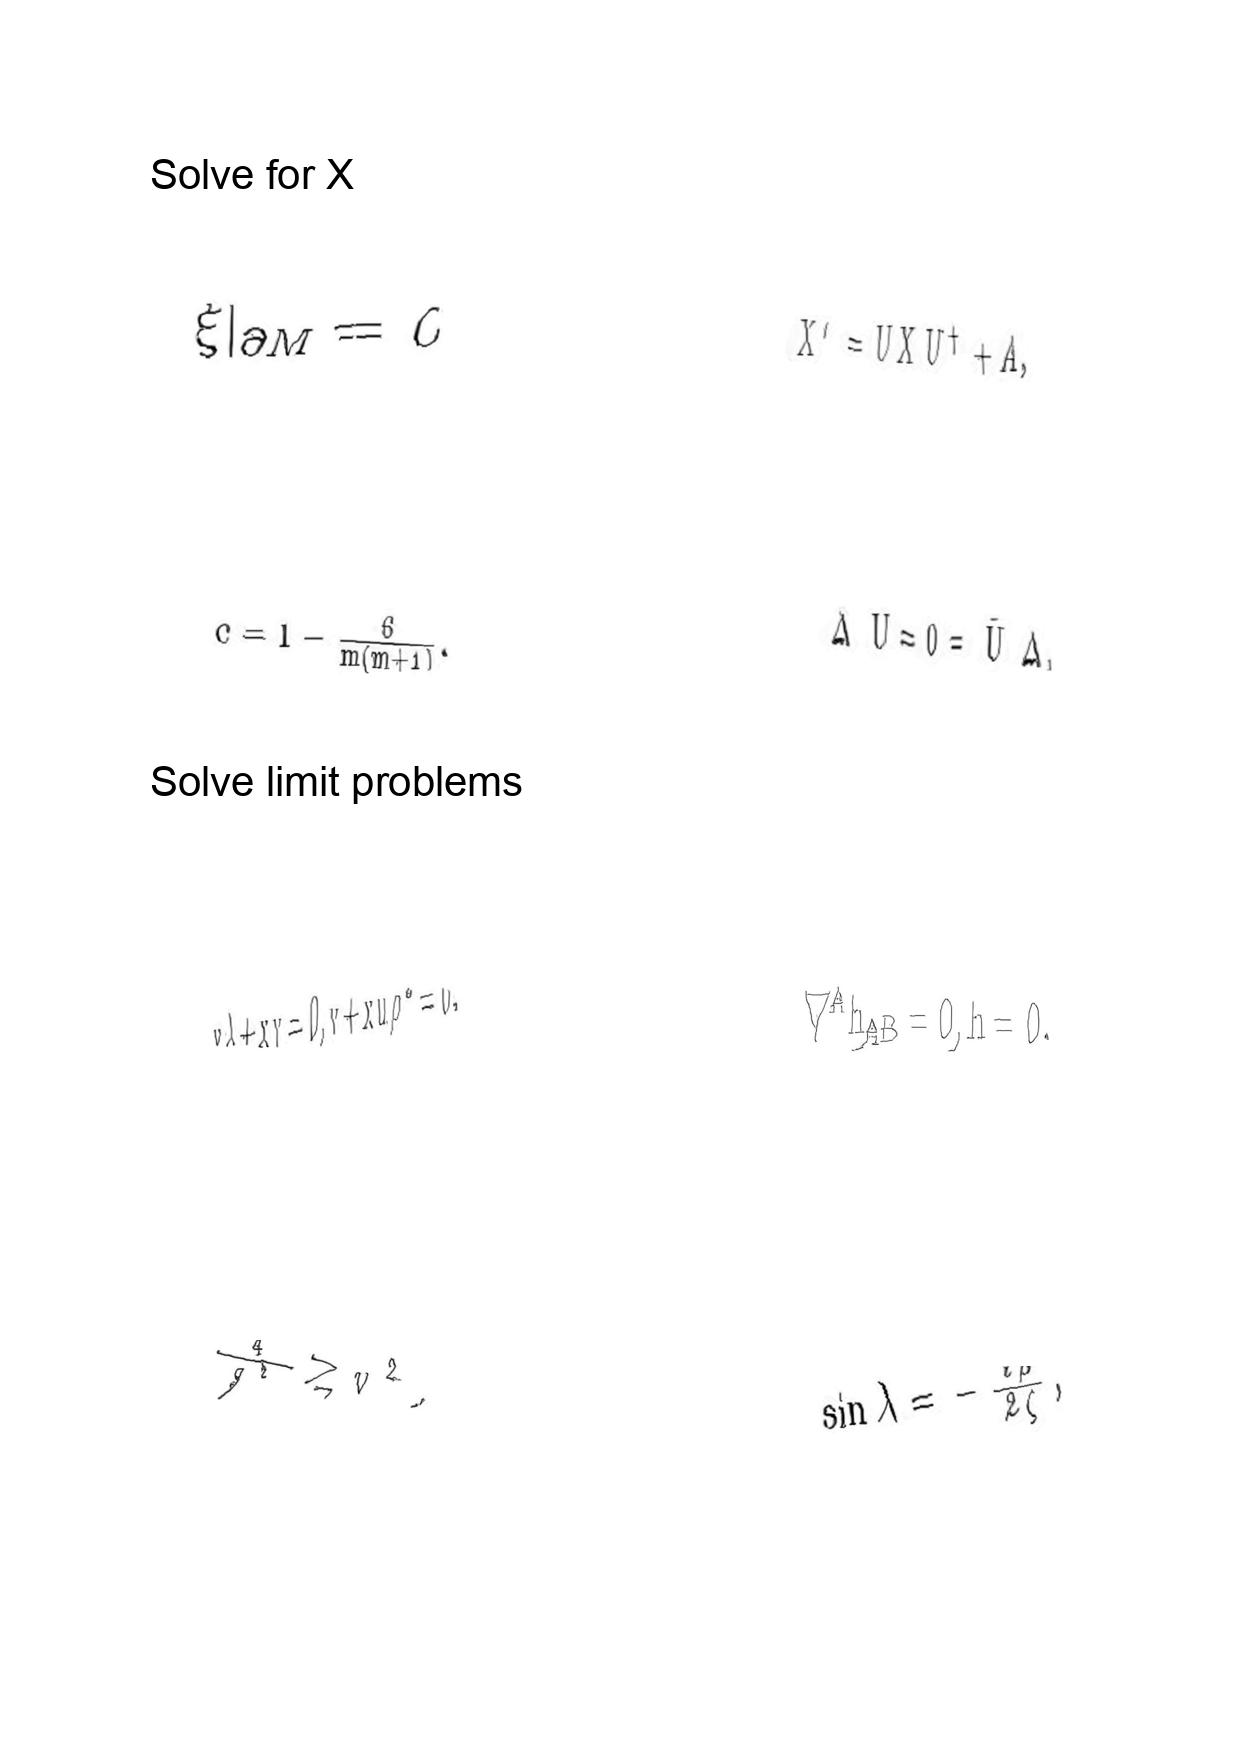
LaTeX transcription:
\xi \vert _ { \partial M } = 0
c = 1 - \frac { 6 } { m \lparen m + 1 \rparen } .
v \lambda + x y = 0 , v + x u \rho ^ { 2 } = 0 .
\frac { 4 } { g ^ { 2 } } \geq v ^ { 2 } .
X ^ { \prime } = U X U ^ { \dagger } + A ,
\bar { \Delta } U = 0 = \bar { U } \Delta ,
\nabla ^ { A } h _ { A B } = 0 , h = 0 .
\sin \lambda = - \frac { i \rho } { 2 \zeta } ,